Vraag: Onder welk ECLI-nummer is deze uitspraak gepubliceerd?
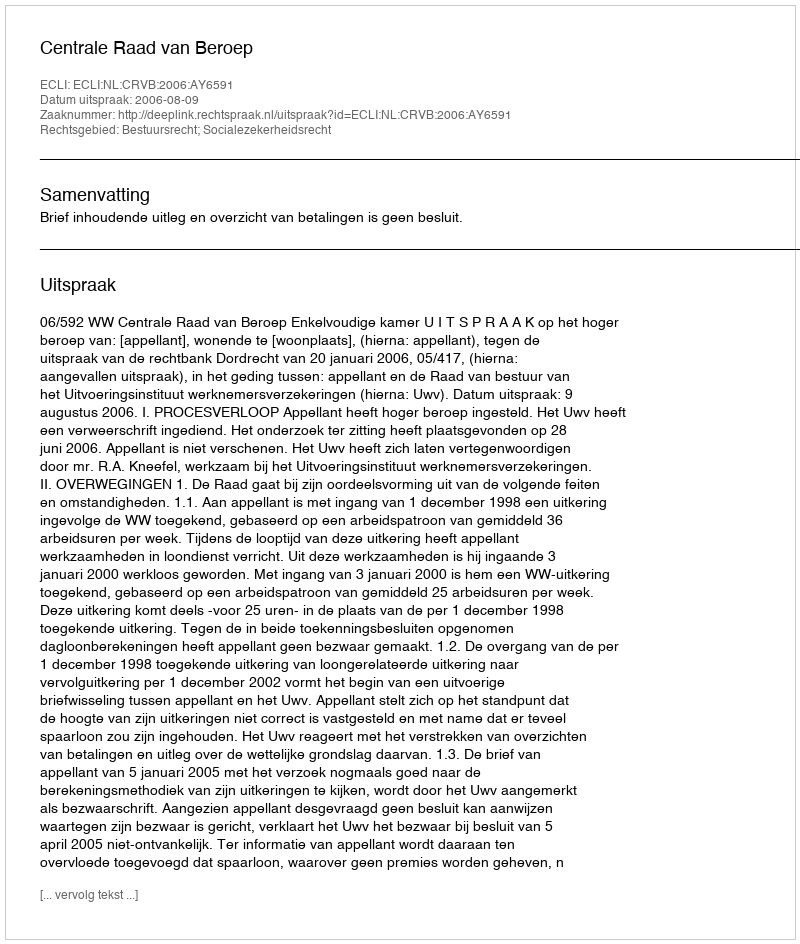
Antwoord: ECLI:NL:CRVB:2006:AY6591